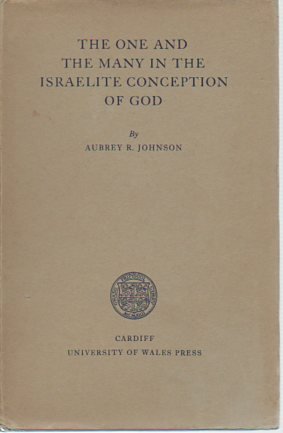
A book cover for The One and the Many in the Israelite Conception of God; Aubrey Rodway Johnson; Religion & Spirituality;